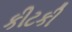
કીટકી